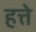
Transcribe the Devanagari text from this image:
हत्ते